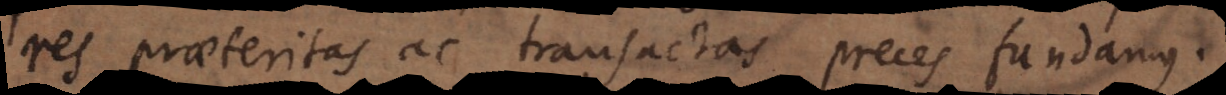
res praeteritas ac transactas preces fundamus.